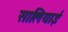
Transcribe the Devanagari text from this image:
सालियाई